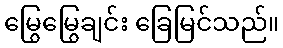
မြွေမြွေချင်း ခြေမြင်သည်။